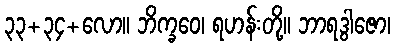
၃၃+၃၄+လော။ ဘိက္ခဝေ၊ ရဟန်းတို့။ ဘာရဒွါဇော၊